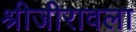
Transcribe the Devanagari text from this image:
श्रीजीरावला